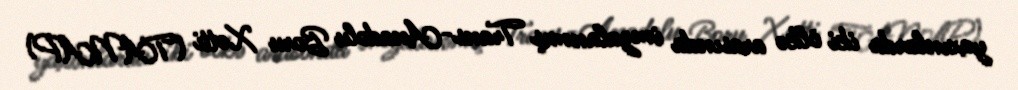
yaxınlarda iki ölkə arasında imzalanmış Trans-Anadolu Boru Xətti (TANAP)